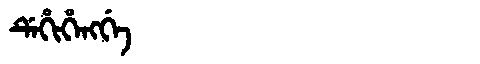
Manchu: ᡩᡝᡥᡳᡥᡝᠩᡤᡝ
Romanization: DEHIHENGGE